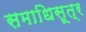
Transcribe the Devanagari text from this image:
समाधिसूत्र